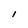
Character: 1